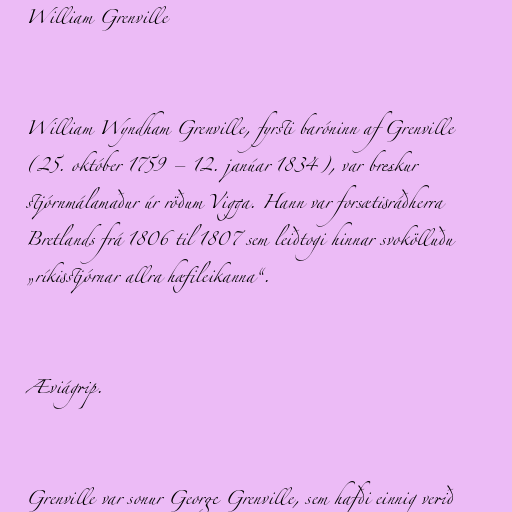
William Grenville

William Wyndham Grenville, fyrsti baróninn af Grenville
(25. október 1759 – 12. janúar 1834), var breskur
stjórnmálamaður úr röðum Vigga. Hann var forsætisráðherra
Bretlands frá 1806 til 1807 sem leiðtogi hinnar svokölluðu
„ríkisstjórnar allra hæfileikanna“.

Æviágrip.

Grenville var sonur George Grenville, sem hafði einnig verið